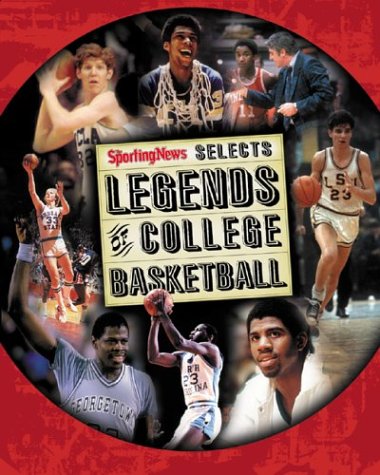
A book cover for Legends of College Basketball : The 100 Greatest Players of All Time; Mike DeCourcy; Sports & Outdoors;